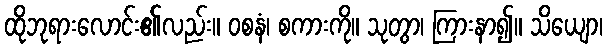
ထိုဘုရားလောင်း၏လည်း။ ဝစနံ၊ စကားကို။ သုတွာ၊ ကြားနာ၍။ သိယျော၊